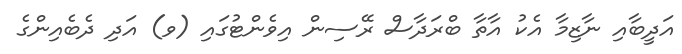
އަދީބާއި ނާޒިމާ އެކު އާތާ ބްރަދާސް ރޭސިން އިވެންޓުގައި (ވ) އަދި ދެބެއިންގެ